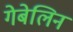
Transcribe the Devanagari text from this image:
गेबेलिन